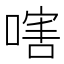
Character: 嗐